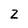
Character: Z